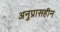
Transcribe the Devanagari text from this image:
अनुप्रासहीन